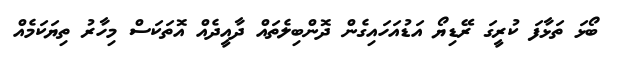
ބޯޅަ ތަޅާފަ ކުރީގަ ރޭޑިޔޯ އަޑުއަހައިގެން ދޮންބިލެތައް ދާއީދެއް އޮތަކަސް މިހާރު ތިޔަކަމެއް